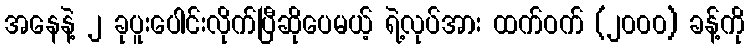
အနေနဲ့ ၂ ခုပူးပေါင်းလိုက်ပြီဆိုပေမယ့် ရဲ့လုပ်အား ထက်ဝက် (၂၀၀၀) ခန့်ကို